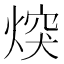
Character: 㷝